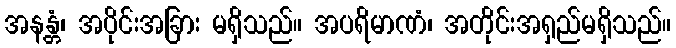
အနန္တံ၊ အပိုင်းအခြား မရှိသည်။ အပရိမာဏံ၊ အတိုင်းအရှည်မရှိသည်။